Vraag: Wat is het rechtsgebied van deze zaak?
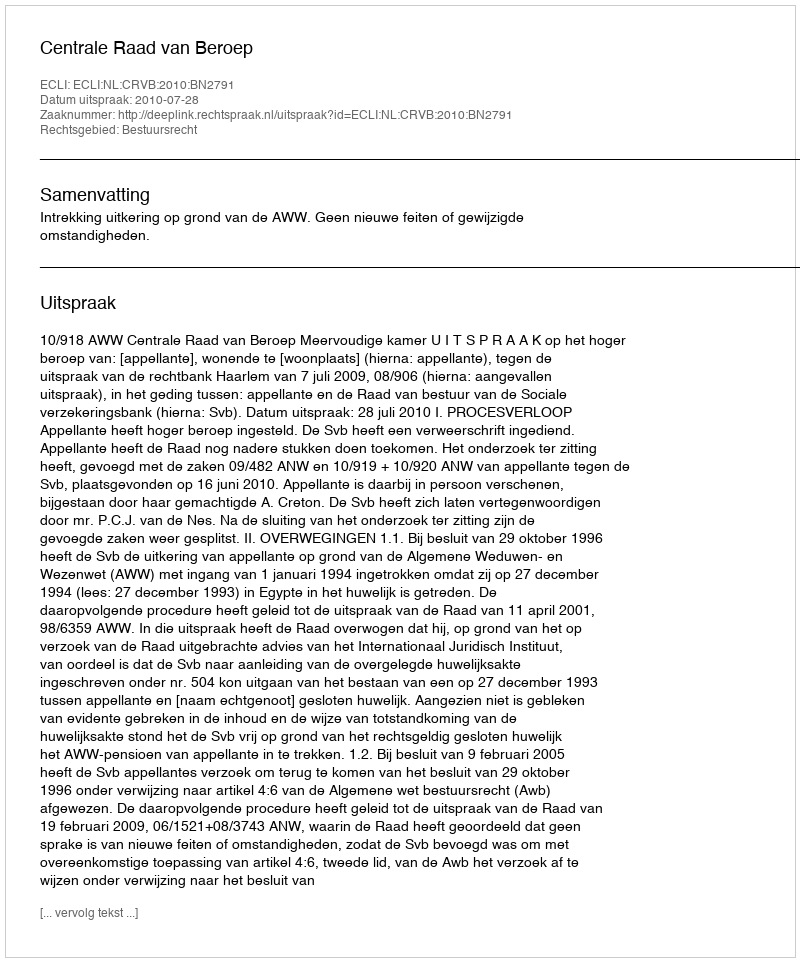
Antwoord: Bestuursrecht